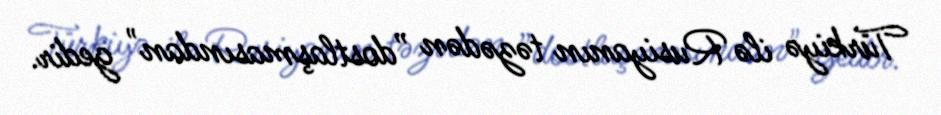
Türkiyə ilə Rusiyanın təzədən ”dostlaşmasından" gedir.